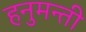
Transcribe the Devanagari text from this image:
हनुमन्ती